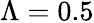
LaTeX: \Lambda=0.5